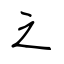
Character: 之